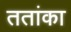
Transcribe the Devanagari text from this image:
ततांका